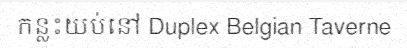
កន្លះយប់នៅ Duplex Belgian Taverne